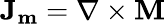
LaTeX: \mathbf{J_{m}}=\nabla\times\mathbf{M}